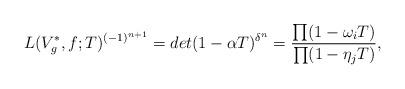
LaTeX: \begin{align*}L(V_g^*, f; T)^{(-1)^{n+1}} = det(1 - \alpha T)^{\delta^n} = \frac{\prod (1 - \omega_i T)}{\prod (1 - \eta_j T)},\end{align*}